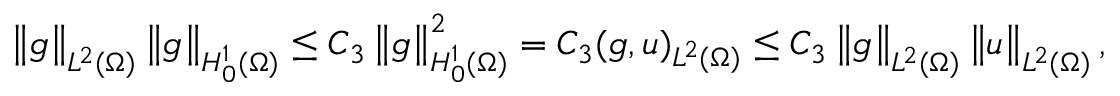
\left\Vert g \right\Vert _ { L ^ { 2 } ( \Omega ) } \left\Vert g \right\Vert _ { H _ { 0 } ^ { 1 } ( \Omega ) } \leq C _ { 3 } \left\Vert g \right\Vert _ { H _ { 0 } ^ { 1 } ( \Omega ) } ^ { 2 } = C _ { 3 } ( g , u ) _ { L ^ { 2 } ( \Omega ) } \leq C _ { 3 } \left\Vert g \right\Vert _ { L ^ { 2 } ( \Omega ) } \left\Vert u \right\Vert _ { L ^ { 2 } ( \Omega ) } ,